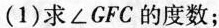
(1)求\angle GFC的度数；